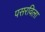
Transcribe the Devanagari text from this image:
पसरविला